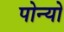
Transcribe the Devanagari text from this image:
पोन्यो